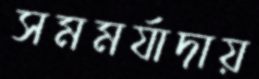
সমমর্যাদায়